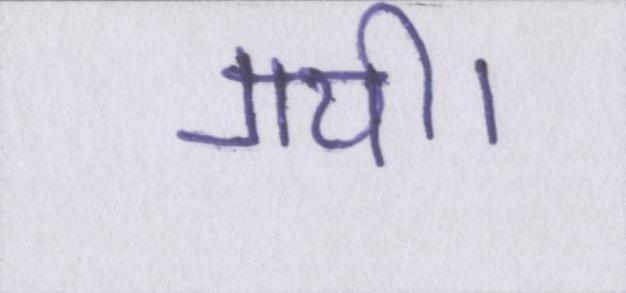
गयी।